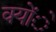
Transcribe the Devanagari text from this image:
क्योंे